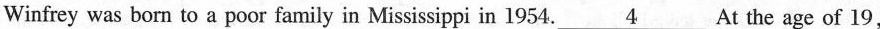
Winfrey was born to a poor family in Mississippi in 1954.\underline{4}At the age of 19，